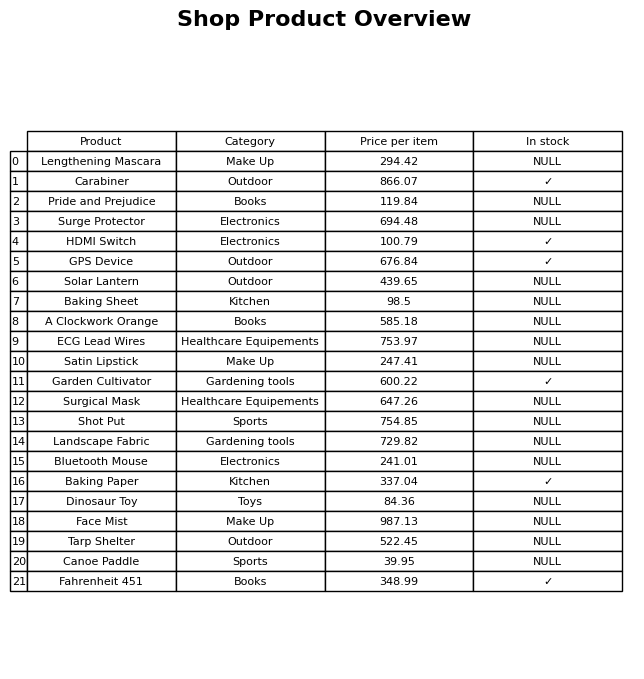
question: What is the price of the Bluetooth Mouse?
answer: The price of Bluetooth Mouse is 241.01.